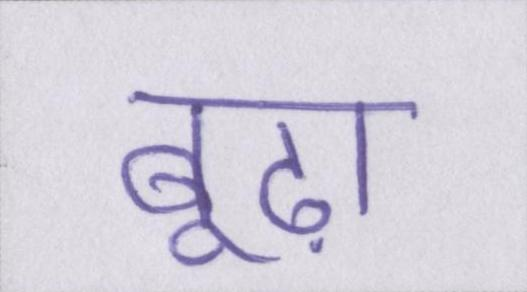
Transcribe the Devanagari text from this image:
बूढ़ा